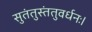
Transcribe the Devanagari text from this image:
सुतंतुस्तंतुवर्धनः।